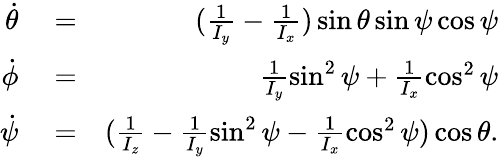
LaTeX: \begin{array}{rlr}{\dot{\theta}}&{{}=}&{(\frac{1}{I_{y}}-\frac{1}{I_{x}})\sin\theta\sin\psi\cos\psi}\\ {\dot{\phi}}&{{}=}&{\frac{1}{I_{y}}\sin^{2}\psi+\frac{1}{I_{x}}\cos^{2}\psi}\\ {\dot{\psi}}&{{}=}&{(\frac{1}{I_{z}}-\frac{1}{I_{y}}\sin^{2}\psi-\frac{1}{I_{x}}\cos^{2}\psi)\cos\theta.}\end{array}